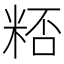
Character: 𥺖